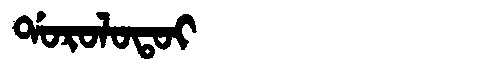
Manchu: ᡩᠣᡵᠣᠯᠣᡨᠣᡳ
Romanization: DOROLOTOI